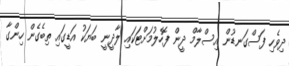
ދިވެހި ފަސްގަނޑުން އިސްލާމް ދީން ފޮހެލުމަށްޓަކައި ލާދީނީ ބަޔަކު އަޑީގައި ތިބެގެން ހިންގާ